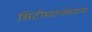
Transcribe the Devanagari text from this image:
सिटीखालोखाल